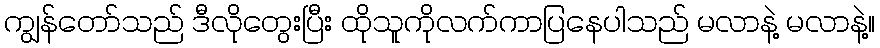
ကျွန်တော်သည် ဒီလိုတွေးပြီး ထိုသူကိုလက်ကာပြနေပါသည် မလာနဲ့ မလာနဲ့။